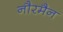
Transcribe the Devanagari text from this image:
नौरमैन